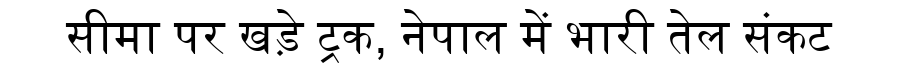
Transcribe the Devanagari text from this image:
सीमा पर खड़े ट्रक, नेपाल में भारी तेल संकट